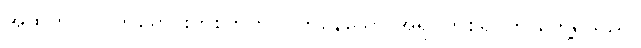
အထဲတွင် လက်မောင်းတစ်ဘက် ပြုတ်နေသော အရုပ်တစ်ရုပ်ကို တွေ့ရသည်။